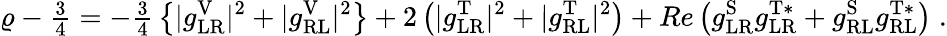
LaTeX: \varrho-\textstyle{\frac{3}{4}}=-\textstyle{\frac{3}{4}}\displaystyle\left\{ |g_{\mathrm{LR}}^{\mathrm{V}}|^{2}+|g_{\mathrm{RL}}^{\mathrm{V}}|^{2}\right\} +2\left(|g_{\mathrm{LR}}^{\mathrm{T}}|^{2}+|g_{\mathrm{RL}}^{\mathrm{T}}|^{2}\right)+Re\left(g_{\mathrm{LR}}^{\mathrm{S}}g_{\mathrm{LR}}^{\mathrm{T*}}+g_{\mathrm{RL}}^{\mathrm{S}}g_{\mathrm{RL}}^{\mathrm{T*}}\right)\; .